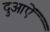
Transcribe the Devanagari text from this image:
दुआऐं